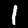
Digit: 1